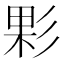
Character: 𢒙